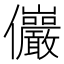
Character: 𫤖